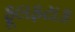
ફૂલફટાક